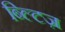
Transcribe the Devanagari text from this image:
ब्ल्टिज़